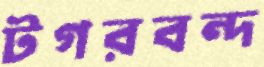
টগরবন্দ